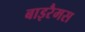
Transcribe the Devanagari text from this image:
बाइरैमस